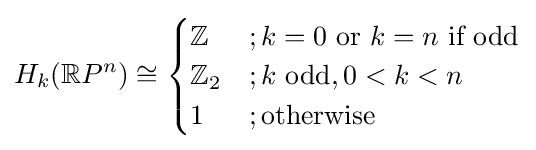
H_{k}(\mathbb {R} P^{n})\cong {\begin{cases}\mathbb {Z} &;k=0{\text{ or }}k=n{\text{ if odd}}\\\mathbb {Z} _{2}&;k{\text{ odd}},0<k<n\\1&;{\text{otherwise}}\end{cases}}